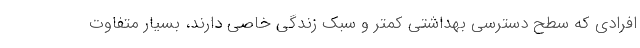
افرادی که سطح دسترسی بهداشتی کمتر و سبک زندگی خاصی دارند، بسیار متفاوت